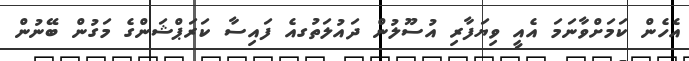
އެހެން ކަމަށްވާނަމަ އެއީ ވިޔަފާރި އުސޫލުން ދައުލަތުގއެ ފައިސާ ކަަރަޕްޝަންގެ މަގުން ބޭނުން